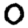
Digit: 0